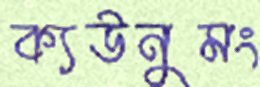
ক্যউনুমং